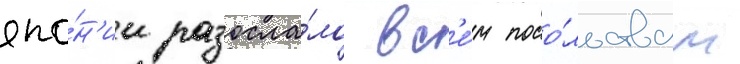
япо́н'ии разосла́ло вс'е́м посо́льствам